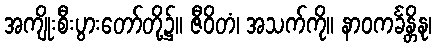
အကျိုးစီးပွားတော်တို့၌။ ဇီဝိတံ၊ အသက်ကို။ နာဝကင်္ခန္တိနု၊